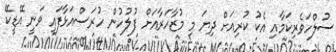
ސުލްހަވެރިކަމާއި އެކު ކުރިއަށް ދިޔަ މި މުޒާހަރާއަށް ފުލުހުން ހުރަސްއަޅާފައި ވަނީ އޭޑީކޭ